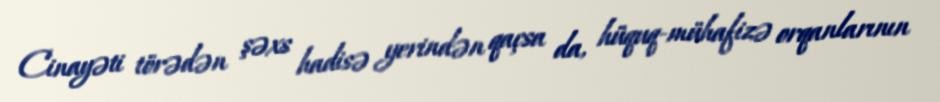
Cinayəti törədən şəxs hadisə yerindən qaçsa da, hüquq-mühafizə orqanlarının